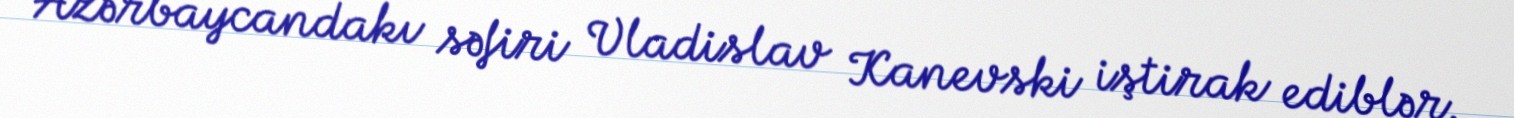
Azərbaycandakı səfiri Vladislav Kanevski iştirak ediblər.